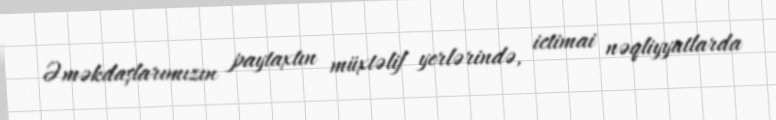
Əməkdaşlarımızın paytaxtın müxtəlif yerlərində, ictimai nəqliyyatlarda